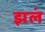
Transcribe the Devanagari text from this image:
झलं